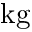
\mathrm { k g }